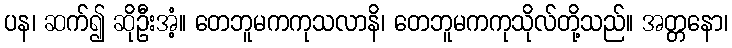
ပန၊ ဆက်၍ ဆိုဦးအံ့။ တေဘူမကကုသလာနိ၊ တေဘူမကကုသိုလ်တို့သည်။ အတ္တနော၊